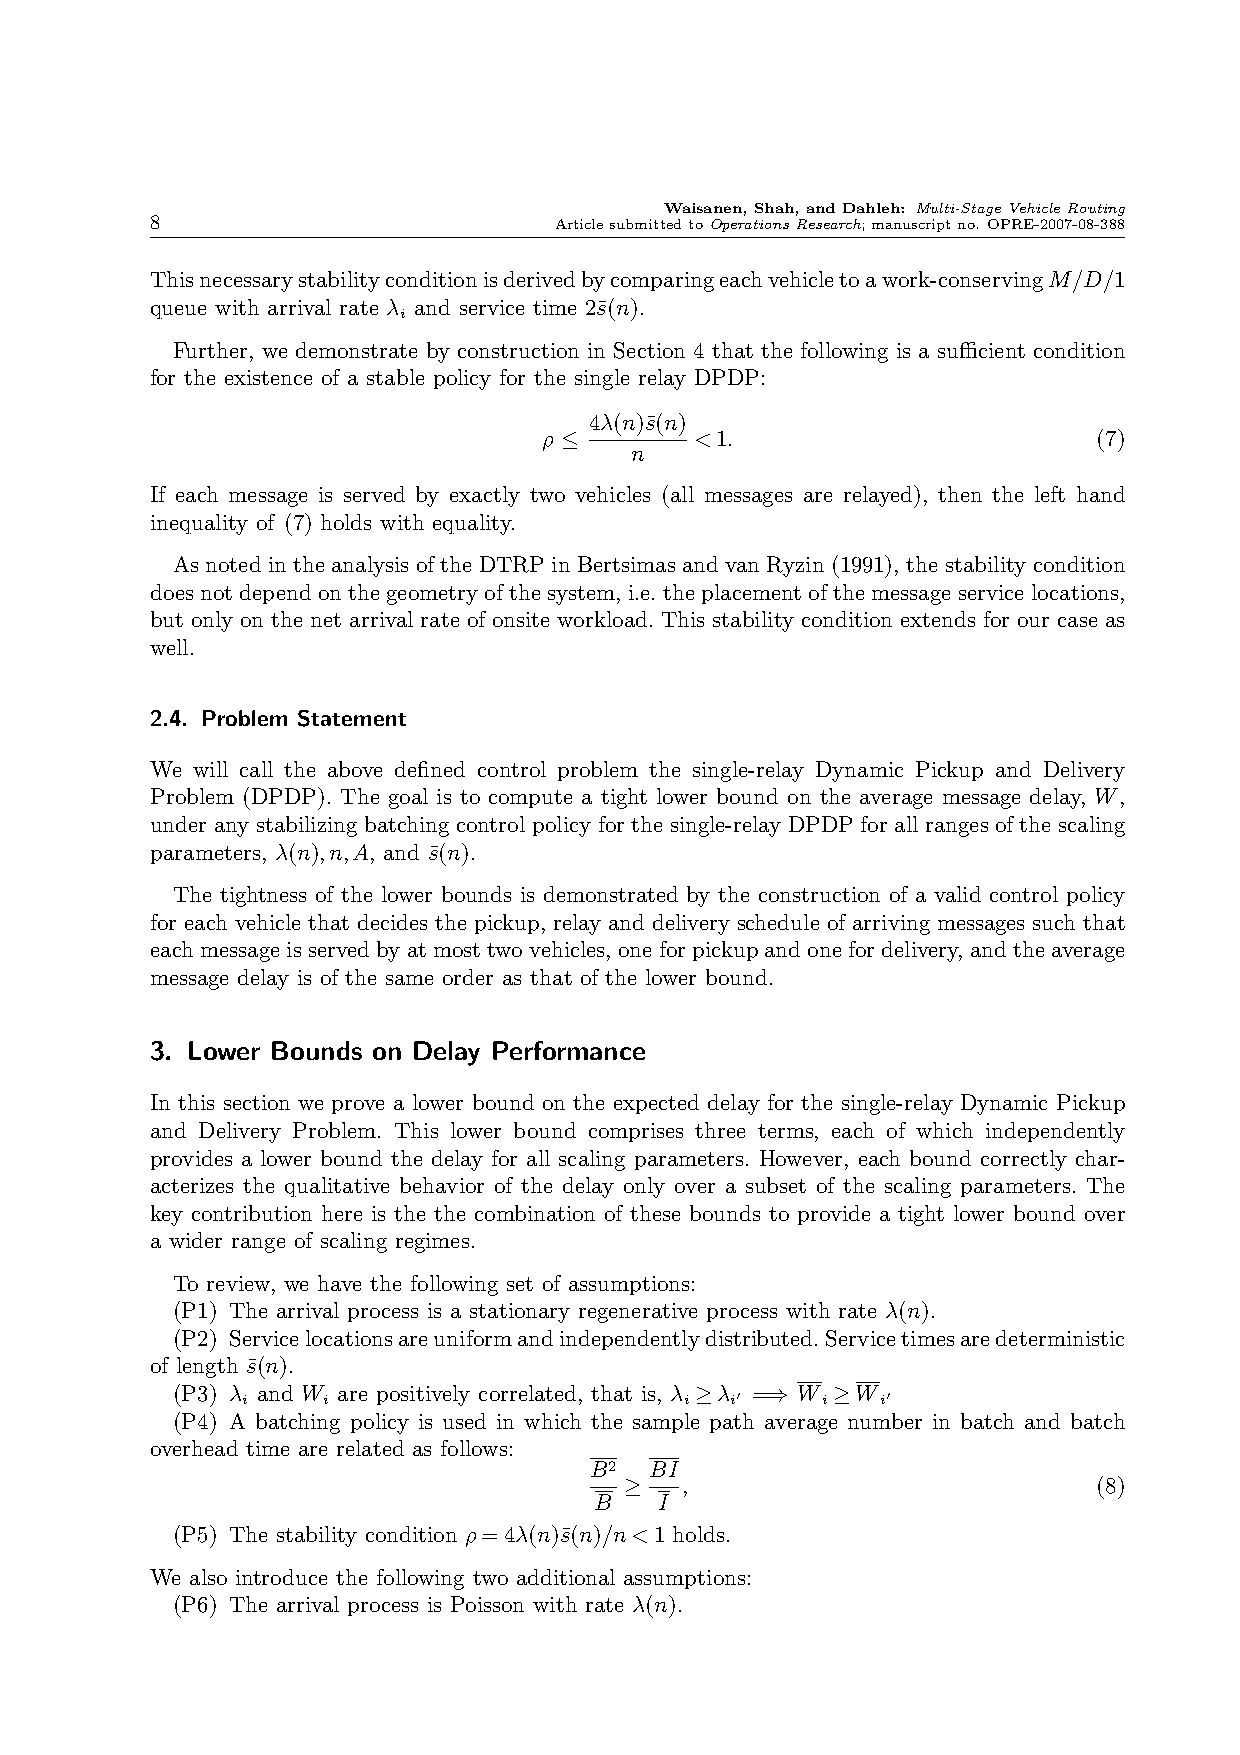
Waisanen, Shah, and Dahleh: Multi-StageVehicleRouting
 8                          ArticlesubmittedtoOperationsResearch;manuscriptno. OPRE-2007-08-388
 Thisnecessarystabilityconditionisderivedbycomparingeachvehicletoawork-conservingM/D/1
 queue with arrival rate λ and service time 2s¯(n).
 i
 Further, we demonstrate by construction in Section 4 that the following is a sufficient condition
 for the existence of a stable policy for the single relay DPDP:
 4λ(n)s¯(n)
 ρ         <1.                        (7)
 ≤    n
 If each message is served by exactly two vehicles (all messages are relayed), then the left hand
 inequality of (7) holds with equality.
 As noted in the analysis of the DTRP in Bertsimas and van Ryzin (1991), the stability condition
 does not depend on the geometry of the system, i.e. the placement of the message service locations,
 but only on the net arrival rate of onsite workload. This stability condition extends for our case as
 well.
 2.4. Problem Statement
 We will call the above defined control problem the single-relay Dynamic Pickup and Delivery
 Problem (DPDP). The goal is to compute a tight lower bound on the average message delay, W,
 under any stabilizing batching control policy for the single-relay DPDP for all ranges of the scaling
 parameters, λ(n),n,A, and s¯(n).
 The tightness of the lower bounds is demonstrated by the construction of a valid control policy
 for each vehicle that decides the pickup, relay and delivery schedule of arriving messages such that
 eachmessageisservedbyatmosttwovehicles,oneforpickupandonefordelivery,andtheaverage
 message delay is of the same order as that of the lower bound.
 3. Lower Bounds on Delay Performance
 In this section we prove a lower bound on the expected delay for the single-relay Dynamic Pickup
 and Delivery Problem. This lower bound comprises three terms, each of which independently
 provides a lower bound the delay for all scaling parameters. However, each bound correctly char-
 acterizes the qualitative behavior of the delay only over a subset of the scaling parameters. The
 key contribution here is the the combination of these bounds to provide a tight lower bound over
 a wider range of scaling regimes.
 To review, we have the following set of assumptions:
 (P1) The arrival process is a stationary regenerative process with rate λ(n).
 (P2) Servicelocationsareuniformandindependentlydistributed.Servicetimesaredeterministic
 of length s¯(n).
 (P3) λ i and W i are positively correlated, that is, λ i λ i′ = W i W i′
 ≥    ⇒   ≥
 (P4) A batching policy is used in which the sample path average number in batch and batch
 overhead time are related as follows:
 B2  BI
 ,                           (8)
 B ≥  I
 (P5) The stability condition ρ=4λ(n)s¯(n)/n<1 holds.
 We also introduce the following two additional assumptions:
 (P6) The arrival process is Poisson with rate λ(n).